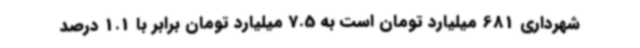
شهرداری 681 میلیارد تومان است به 7.5 میلیارد تومان برابر با 1.1 درصد